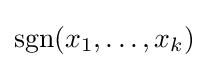
\operatorname {sgn} (x_{1},\dots ,x_{k})